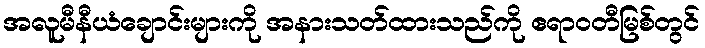
အလူမီနီယံချောင်းများကို အနားသတ်ထားသည်ကို ဧရာဝတီမြစ်တွင်